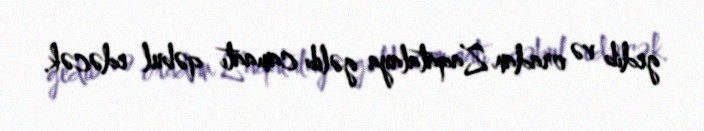
gedib və oradan Zaqatalaya gəlib camaatı qəbul edəcək.